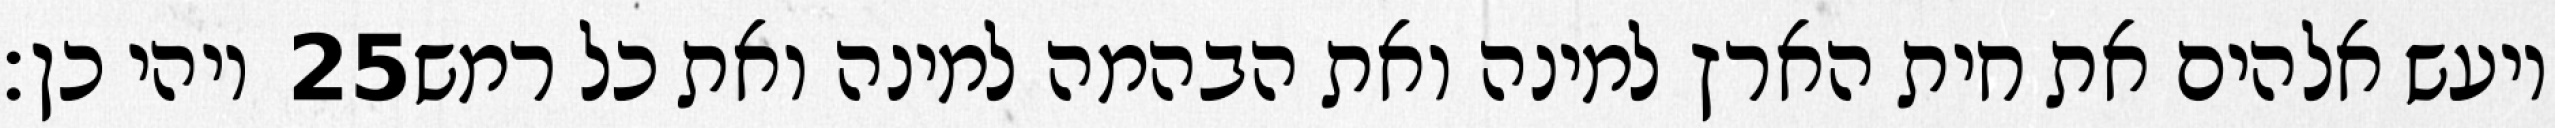
ויהי כן׃ ‎25‏ ויעש אלהים את חית הארץ למינה ואת הבהמה למינה ואת כל רמש